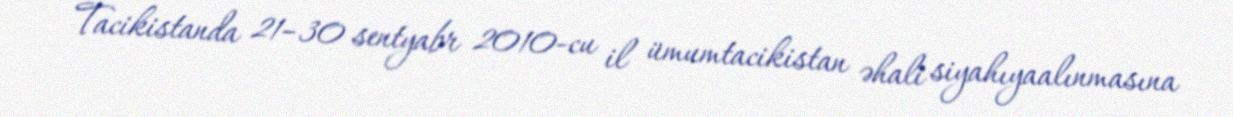
Tacikistanda 21–30 sentyabr 2010-cu il ümumtacikistan əhali siyahıyaalınmasına